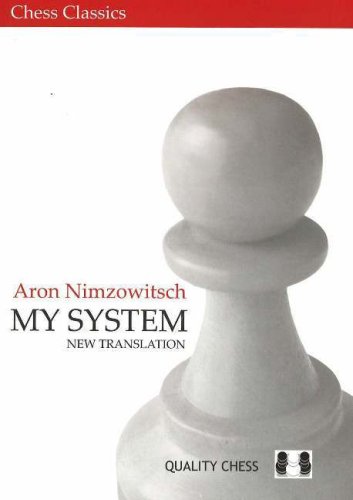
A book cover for My System (Chess Classics); Aron Nimzowitsch; Humor & Entertainment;